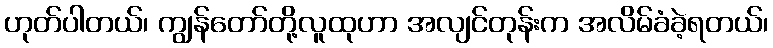
ဟုတ်ပါတယ်၊ ကျွန်တော်တို့လူထုဟာ အလျင်တုန်းက အလိမ်ခံခဲ့ရတယ်၊